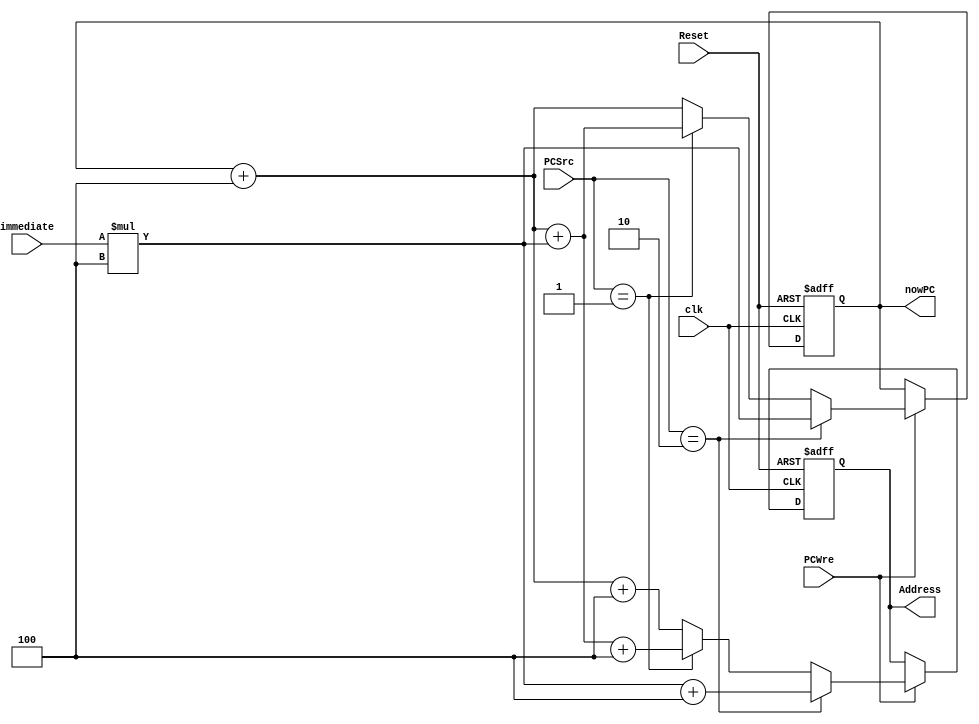
`timescale 1ns / 1ps
//////////////////////////////////////////////////////////////////////////////////
// Company: 
// Engineer: 
// 
// Design Name: 
// Module Name: PC
// Project Name: 
// Target Devices: 
// Tool Versions: 
// Description: 
// 
// Dependencies: 
// 
// Revision:
// Revision 0.01 - File Created
// Additional Comments:
// 
//////////////////////////////////////////////////////////////////////////////////

module PC(clk, Reset, PCWre, PCSrc, immediate, nowPC, Address);
    input clk, Reset, PCWre;
    input [1:0] PCSrc;
    input [31:0] immediate;  // 
    output reg [31:0] nowPC, Address;
    initial begin
        nowPC = 0;
        Address = 4;
    end
     // clockReset
    always @(posedge clk or negedge Reset) begin
        if (Reset == 0) begin
            nowPC = 0;
            Address = 4;
        end
        else if (PCWre) begin  // PCWre1PCPCWre0PC
            if (PCSrc == 2) begin
                nowPC = immediate * 4;  // j 
                Address = nowPC + 4;
            end
            else if (PCSrc == 1) begin
                nowPC = nowPC + 4 + immediate * 4; // beq, bne
                Address = nowPC + 4;
            end
            else begin
                nowPC = nowPC + 4;
                Address = nowPC + 4;  // 
            end
        end
    end
endmodule